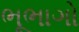
ભૂભાગો